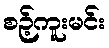
စဉ့်ကူးမင်း